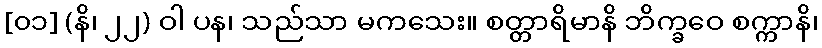
[၀၁] (နိ၊ ၂၂) ဝါ ပန၊ သည်သာ မကသေး။ စတ္တာရိမာနိ ဘိက္ခဝေ စက္ကာနိ၊